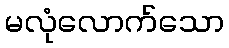
မလုံလောက်သော